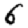
Digit: 6